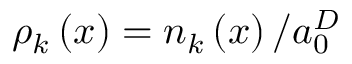
\rho _ { k } \left( x \right) = n _ { k } \left( x \right) / a _ { 0 } ^ { D }